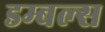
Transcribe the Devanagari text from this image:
डम्बल्स